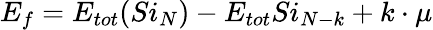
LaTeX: E_{f}=E_{tot}(Si_{N})-E_{tot}Si_{N-k}+k\cdot\mu